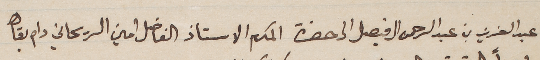
من عبد العزيز بن عبد الرحمن ال فيصل الى حضرة المكرم الاستاذ الفاضل امين الريحاني دام بقاه